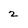
Character: 2